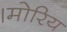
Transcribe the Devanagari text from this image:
।मोरिय